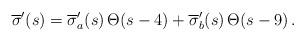
LaTeX: \begin{align*}\overline{\sigma}^\prime(s)=\overline{\sigma}^\prime_a(s)\,\Theta(s-4)+\overline{\sigma}^\prime_b(s)\,\Theta(s-9)\,.\end{align*}